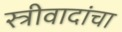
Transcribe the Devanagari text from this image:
स्त्रीवादांचा